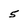
Character: 5